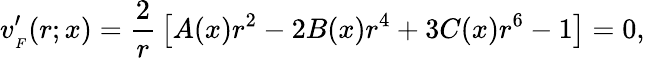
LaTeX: v_{_{F}}^{\prime}(r;x)={\frac{2}{r}}\left[A(x)r^{2}-2B(x)r^{4}+3C(x)r^{6}-1\right]=0,